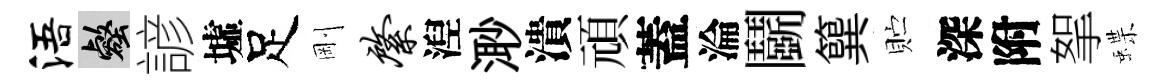
浯壑諺墟足剛綮湼𣺌潰頑蓋淪鬬簨贮深附挐蝶